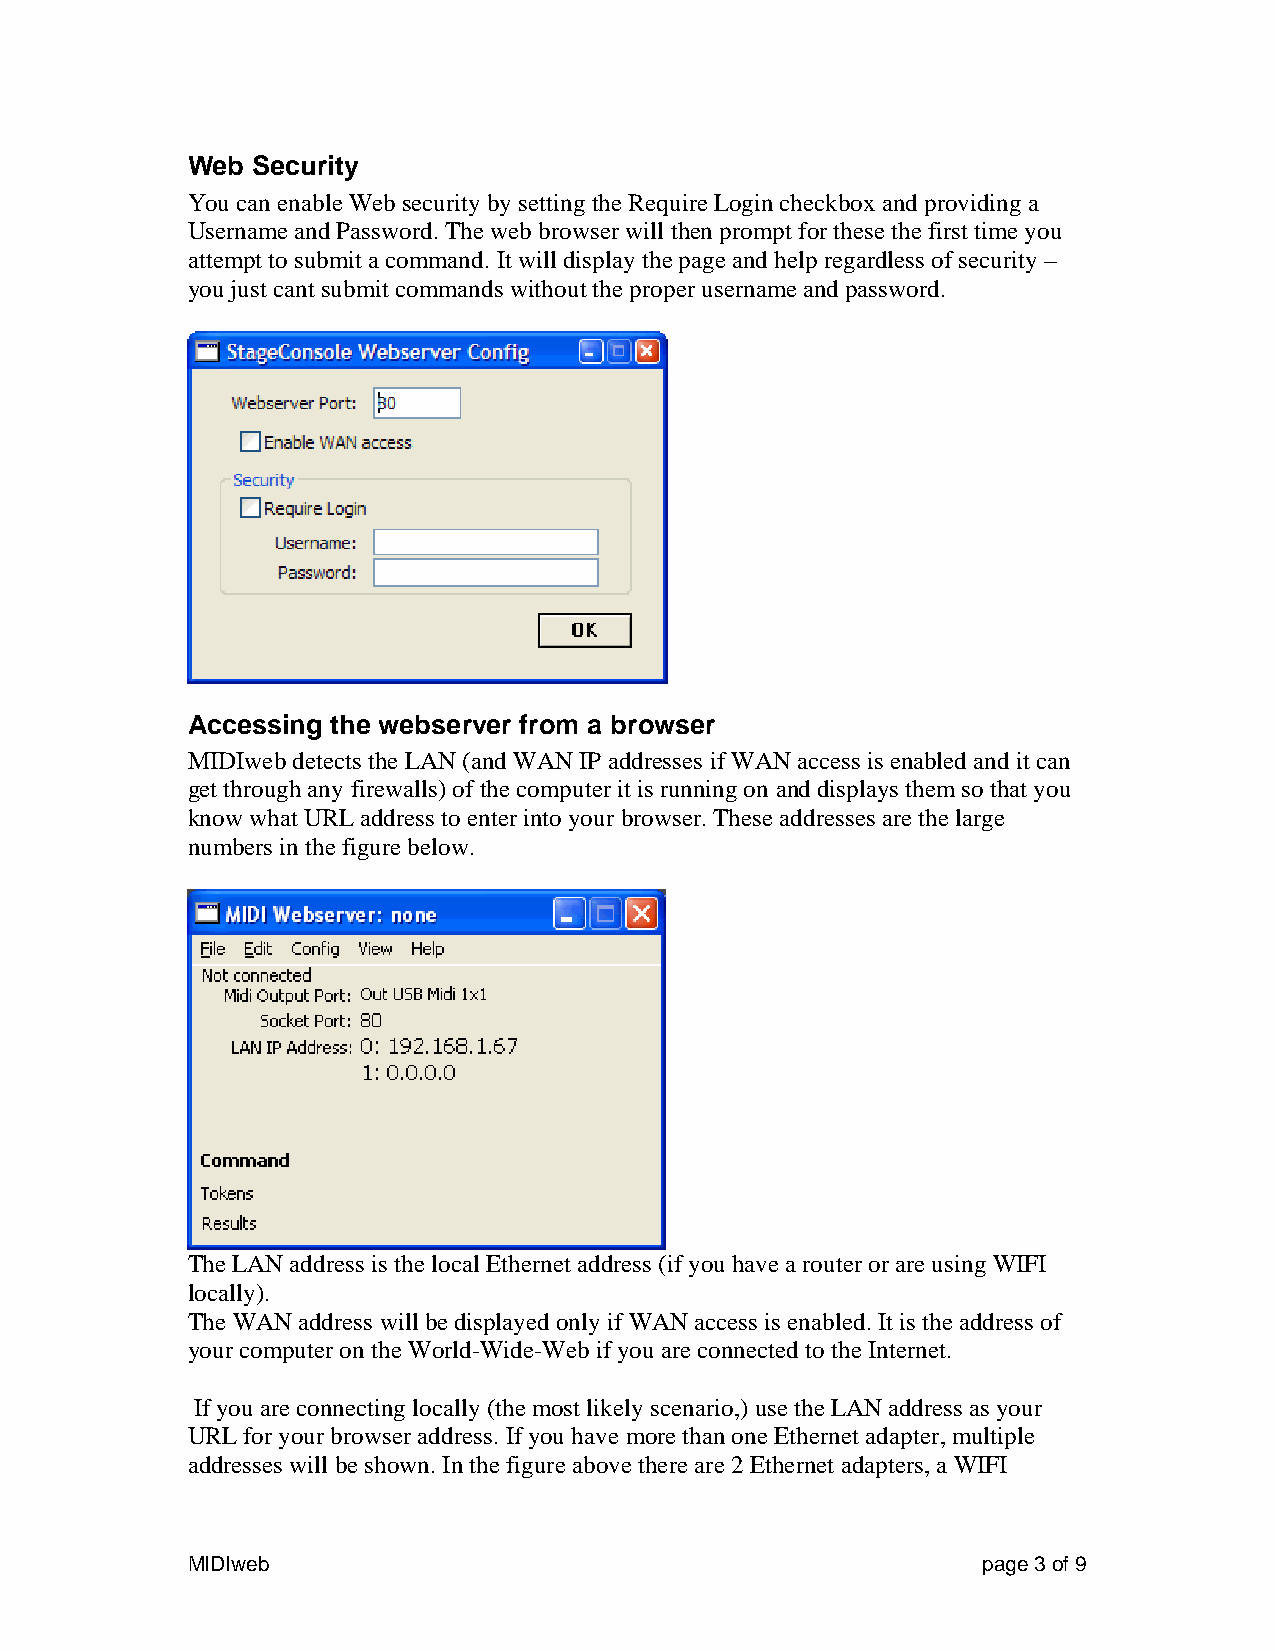
Web  Security
 You can enable Web security by setting the Require Login checkbox and providing a
 Username and Password. The web browser will then prompt for these the first time you
 attempt to submit a command. It will display the page and help regardless of security –
 you just cant submit commands without the proper username and password.
 Accessing the webserver from a browser
 MIDIweb detects the LAN (and WAN IP addresses if WAN access is enabled and it can
 get through any firewalls) of the computer it is running on and displays them so that you
 know what URL address to enter into your browser. These addresses are the large
 numbers in the figure below.
 The LAN address is the local Ethernet address (if you have a router or are using WIFI
 locally).
 The WAN address will be displayed only if WAN access is enabled. It is the address of
 your computer on the World-Wide-Web if you are connected to the Internet.
 If you are connecting locally (the most likely scenario,) use the LAN address as your
 URL for your browser address. If you have more than one Ethernet adapter, multiple
 addresses will be shown. In the figure above there are 2 Ethernet adapters, a WIFI
 MIDIweb                                              page 3 of 9